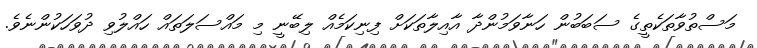
މަސްތުވާތަކެތީގެ ސަބަބުން ހަނާވަމުންދާ އާއިލާތަކަށް ފިނިކަމެއް ލިބޭނީ މި މައްސަލަތައް ހައްލުވި ދުވަހަކުންނެވެ.